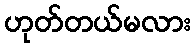
ဟုတ်တယ်မလား